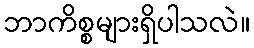
ဘာကိစ္စများရှိပါသလဲ။